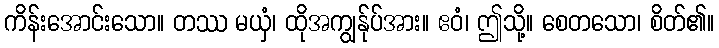
ကိန်းအောင်းသော။ တဿ မယှံ၊ ထိုအကျွန်ုပ်အား။ ဧဝံ၊ ဤသို့။ စေတသော၊ စိတ်၏။